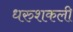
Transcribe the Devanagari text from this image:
धरुशकली